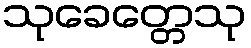
သုခေတ္တေသု